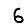
Digit: 6